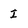
Character: I